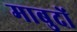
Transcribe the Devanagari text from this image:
माबुदों